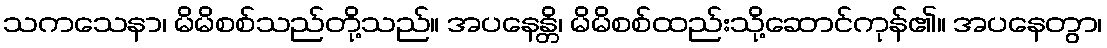
သကသေနာ၊ မိမိစစ်သည်တို့သည်။ အပနေန္တိ၊ မိမိစစ်ထည်းသို့ဆောင်ကုန်၏။ အပနေတွာ၊